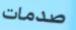
صدمات